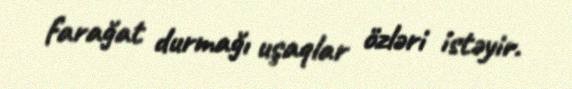
farağat durmağı uşaqlar özləri istəyir.